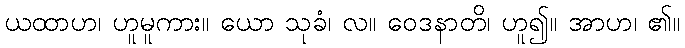
ယထာဟ၊ ဟူမူကား။ ယော သုခံ၊ လ။ ဝေဒနာတိ၊ ဟူ၍။ အာဟ၊ ၏။